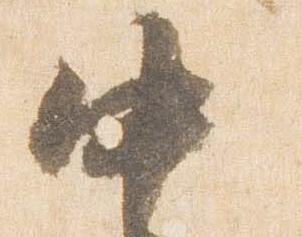
中